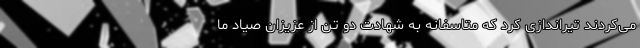
می‌کردند تیراندازی کرد که متاسفانه به شهادت دو تن از عزیزان صیاد ما